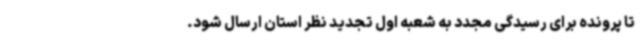
تا پرونده برای رسیدگی مجدد به شعبه اول تجدید نظر استان ارسال شود.